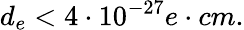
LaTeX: d_{e}<4\cdot 10^{-27}e\cdot cm.